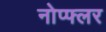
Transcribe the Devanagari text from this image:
नोप्फ्लर